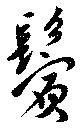
鬢